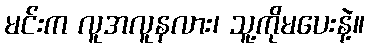
မင်းက လူအလူနလား၊ သူ့ကိုမပေးနဲ့။